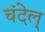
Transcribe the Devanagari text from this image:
चंदेल्